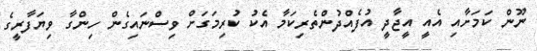
ނޫން ކަމަށާއި އެއީ އީޖާދީ އުފެއްދުންތެރިކަމާ އެކު ކުރިމަގަށް ވިސްނައިގެން ހިންގާ ވިޔަފާރީގެ